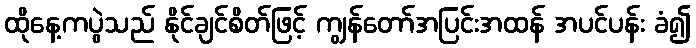
ထိုနေ့ကပွဲသည် နိုင်ချင်စိတ်ဖြင့် ကျွန်တော်အပြင်းအထန် အပင်ပန်း ခံ၍